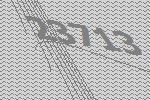
23713